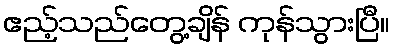
ဧည့်သည်တွေ့ချိန် ကုန်သွားပြီ။